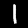
Label: 1